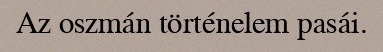
Az oszmán történelem pasái.